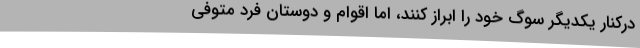
درکنار یکدیگر سوگ خود را ابراز کنند، اما اقوام و دوستان فرد متوفی